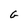
Character: G